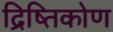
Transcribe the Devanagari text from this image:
द्रिष्तिकोण